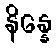
နိန္နေ